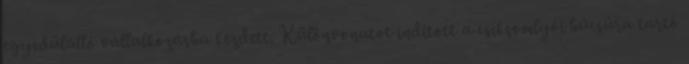
egyedülálló vállalkozásba kezdett. Különvonatot indított a csíksomlyói búcsúra tartó